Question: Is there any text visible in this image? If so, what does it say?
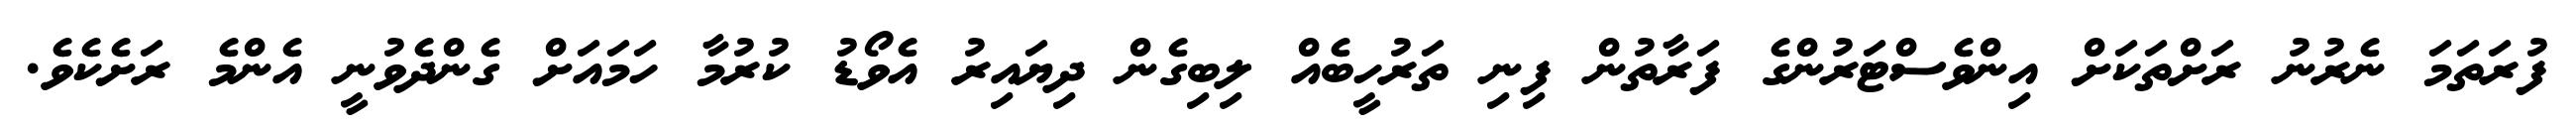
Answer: ފުރަތަމަ ނެރުނު ރަށްތަކަށް އިންވެސްޓަރުންގެ ފަރާތުން ފިނި ތަރުހީބެއް ލިބިގެން ދިޔައިރު އެވޯޑު ކުރުމާ ހަމައަށް ގެންދެވުނީ އެންމެ ރަށެކެވެ.